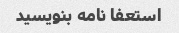
استعفا نامه بنویسید